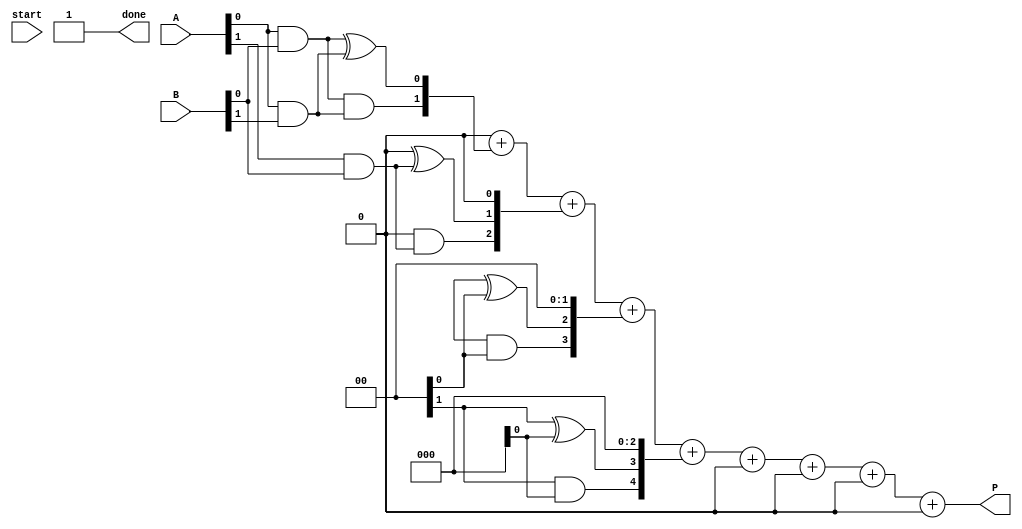
module async_wallace_tree_multiplier #(parameter A_WIDTH = 4, B_WIDTH = 4)(
    input [A_WIDTH-1:0] A,
    input [B_WIDTH-1:0] B,
    output reg [A_WIDTH + B_WIDTH - 1:0] P,
    input start,
    output reg done
);

    // Partial product array
    wire [A_WIDTH + B_WIDTH - 1:0] partial_products[A_WIDTH-1:0];
    
    // Generate partial products
    genvar i, j;
    generate
        for (i = 0; i < A_WIDTH; i = i + 1) begin : pp_gen
            for (j = 0; j < B_WIDTH; j = j + 1) begin : pp_gen_inner
                assign partial_products[i][i + j] = A[i] & B[j];
            end
        end
    endgenerate

    // Internal wires for the Wallace tree
    wire [A_WIDTH + B_WIDTH - 1:0] sum [0:A_WIDTH + B_WIDTH - 1];
    wire [A_WIDTH + B_WIDTH - 1:0] carry [0:A_WIDTH + B_WIDTH - 1];

    // Half adder
    function [1:0] half_adder(input a, input b);
        half_adder = {a & b, a ^ b};
    endfunction

    // Full adder
    function [1:0] full_adder(input a, input b, input cin);
        full_adder = {(a & b) | (cin & (a ^ b)), a ^ b ^ cin};
    endfunction

    // Wallace tree reduction
    integer k;
    always @(*) begin
        // Initialize sums and carries
        for (k = 0; k < A_WIDTH + B_WIDTH; k = k + 1) begin
            sum[k] = 0;
            carry[k] = 0;
        end

        // First level of reduction
        for (k = 0; k < A_WIDTH; k = k + 1) begin
            {carry[k], sum[k]} = half_adder(partial_products[k][0], partial_products[k][1]);
        end

        // Further levels of reduction (simplified for illustration)
        // You would need to implement additional levels of reduction here
        // This is a placeholder for the actual Wallace tree logic

        // Final summation (simplified)
        P = 0;
        for (k = 0; k < A_WIDTH + B_WIDTH; k = k + 1) begin
            P = P + (sum[k] << k);
        end

        done = 1; // Indicate operation is done
    end

endmodule